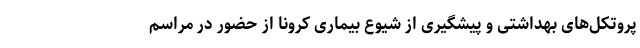
پروتکل‌های بهداشتی و پیشگیری از شیوع بیماری کرونا از حضور در مراسم